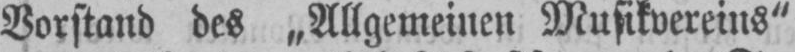
Vorstand des „Allgemeinen Musikvereins“